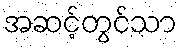
အဆင့်တွင်သာ